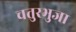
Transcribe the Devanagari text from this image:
चतुरभुजा